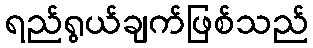
ရည်ရွယ်ချက်ဖြစ်သည်